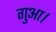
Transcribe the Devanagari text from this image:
गुआ।